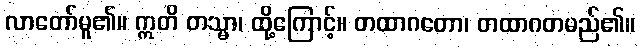
လာတော်မူ၏။ ဣတိ တသ္မာ၊ ထို့ကြောင့်။ တထာဂတော၊ တထာဂတမည်၏။